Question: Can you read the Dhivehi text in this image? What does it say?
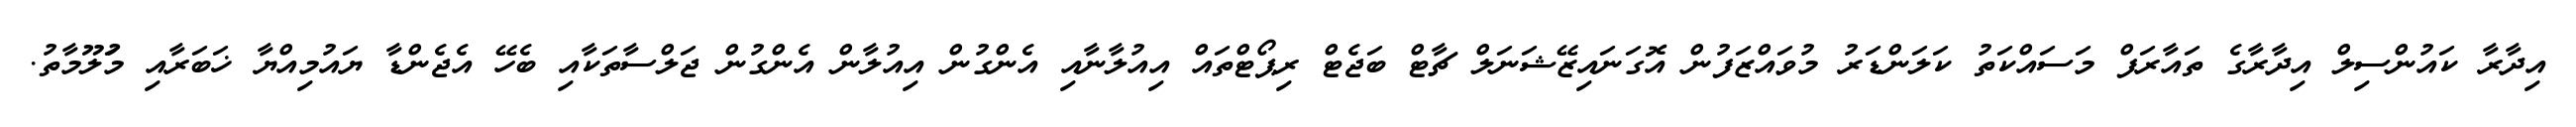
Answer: އިދާރާ ކައުންސިލް އިދާރާގެ ތައާރަފް މަސައްކަތު ކަލަންޑަރު މުވައްޒަފުން އޮގަނައިޒޭޝަނަލް ޗާޓް ބަޖެޓް ރިޕޯޓްތައް އިއުލާނާއި އެންގުން އިއުލާން އެންގުން ޖަލްސާތަކާއި ބެހޭ އެޖެންޑާ ޔައުމިއްޔާ ޚަބަރާއި މަުލޫމާތު.